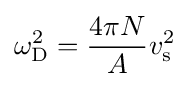
\omega _{\rm {D}}^{2}={\frac {4\pi N}{A}}v_{\rm {s}}^{2}